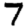
Digit: 7